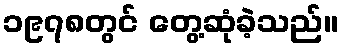
၁၉၇၈တွင် တွေ့ဆုံခဲ့သည်။